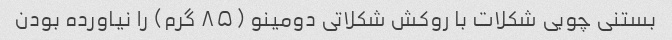
بستنی چوبی شکلات با روکش شکلاتی دومینو (۸۵ گرم) را نیاورده بودن